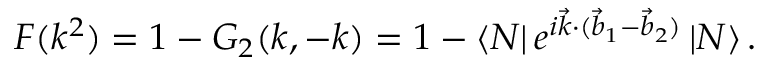
{ \cal F } ( k ^ { 2 } ) = 1 - G _ { 2 } ( k , - k ) = 1 - \left\langle N \right| e ^ { i \vec { k } \cdot ( \vec { b } _ { 1 } - \vec { b } _ { 2 } ) } \left| N \right\rangle .